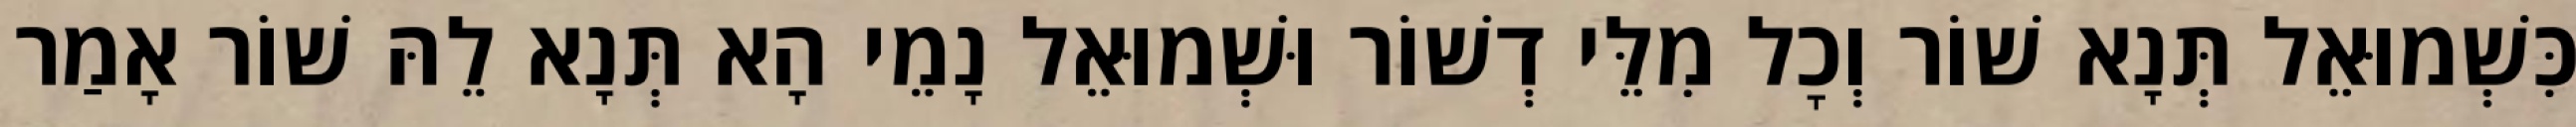
כִּשְׁמוּאֵל תְּנָא שׁוֹר וְכׇל מִלֵּי דְשׁוֹר וּשְׁמוּאֵל נָמֵי הָא תְּנָא לֵהּ שׁוֹר אָמַר